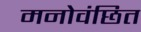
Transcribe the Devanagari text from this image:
मनोवंछित